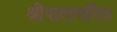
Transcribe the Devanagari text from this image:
श्रीपालचरित